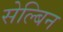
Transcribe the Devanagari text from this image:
सेल्बिन